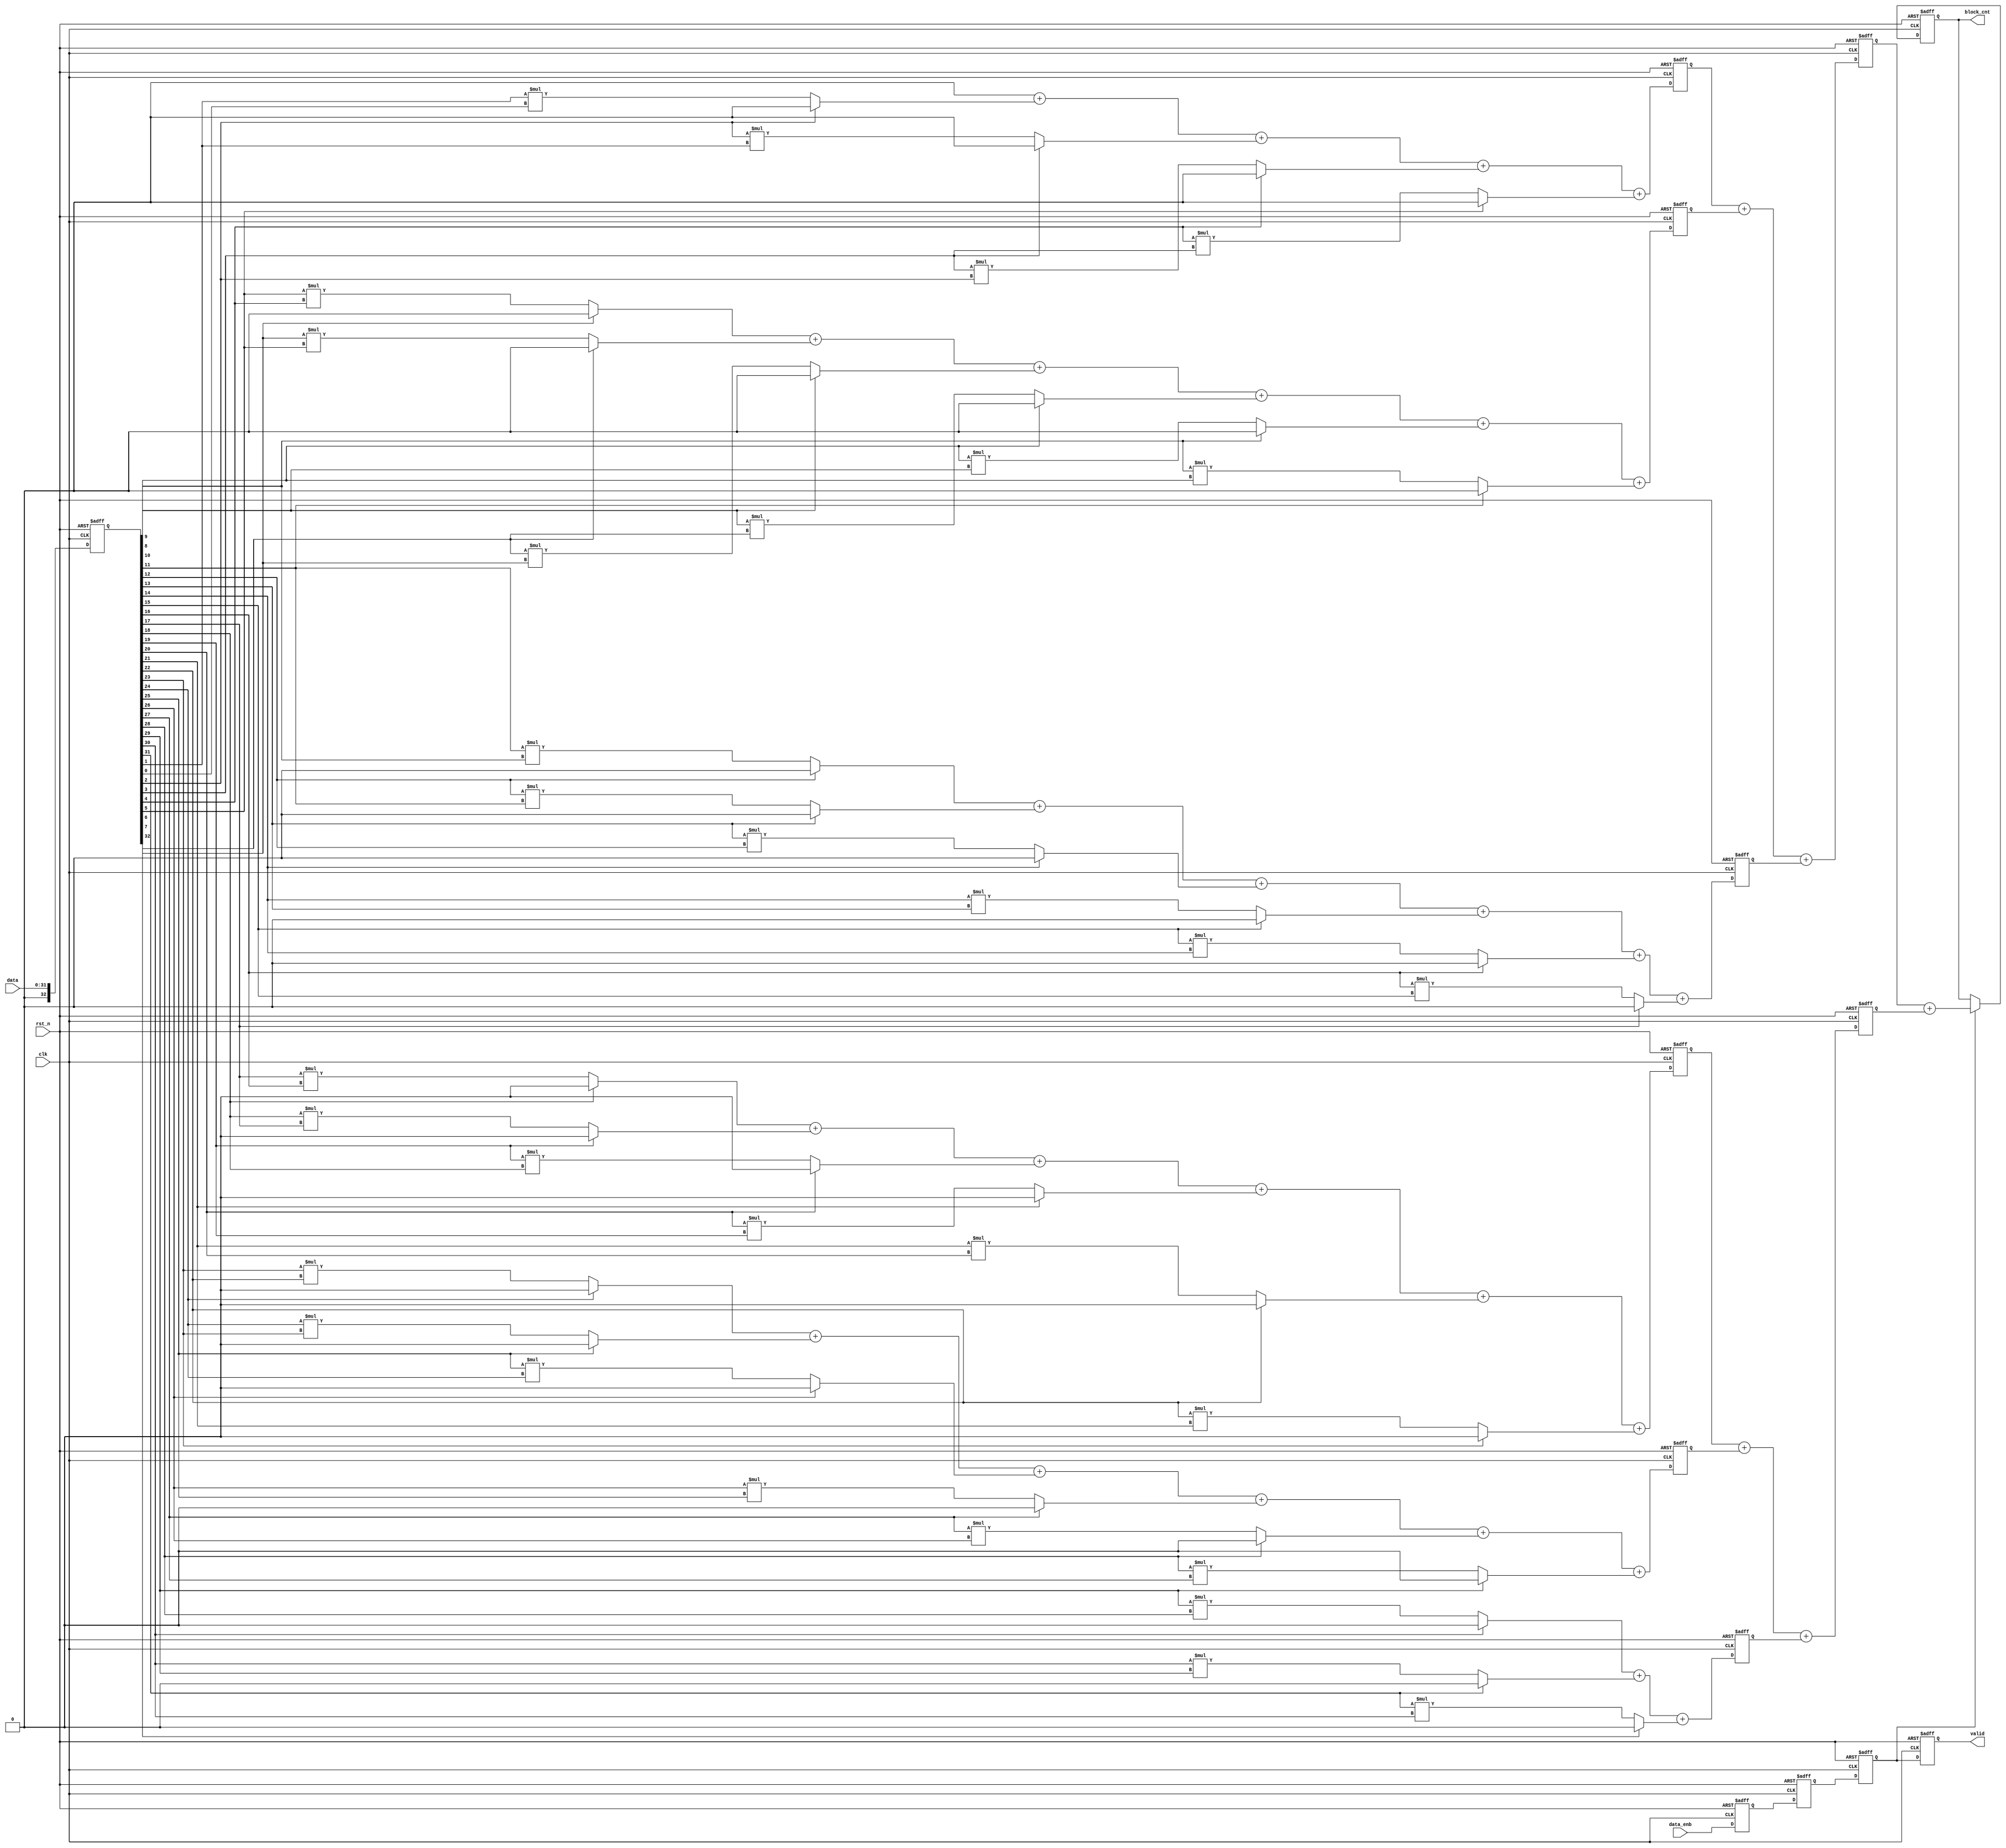
module bit_block_counter (data, data_enb, clk, rst_n, block_cnt, valid);
  //parameter
  parameter FF_DLY = 1;
  parameter LEN_DATA = 32;
  parameter LEN_CNT = 4;
  parameter INTL = 0;
  //port
  input [LEN_DATA-1:0] data;
  input data_enb;
  input clk;
  input rst_n;
  output [LEN_CNT-1:0] block_cnt;
  output valid;
    //port data type
  wire [LEN_DATA-1:0] data;
  wire data_enb;
  wire clk;
  wire rst_n;
  reg [LEN_CNT-1:0] block_cnt;
  reg valid;
    //internal variable
  reg [LEN_DATA:0] data_in;
  reg [LEN_DATA:0] cnt_0;
  
  wire [11:0] cnt;
   
  reg [11:0] block_cnt0;
  wire [6:0] block_cnt1;
  reg [6:0] block_cnt2;
  
  wire [LEN_CNT-1:0] block_cnt_0;
  
  reg valid_0;
  reg valid_1;
  reg valid_2;
  
      //data in flipflop
  always @ (posedge clk or negedge rst_n) begin 
    if (rst_n == 0) begin 
      data_in <= #FF_DLY INTL;
    end 
    else begin 
      data_in <= #FF_DLY data;
    end
  end
  //enable in flipflop
  always @ (posedge clk or negedge rst_n) begin 
    if (rst_n == 0) begin
      valid_0 <= #FF_DLY INTL;
    end
    else begin 
      valid_0 <= #FF_DLY data_enb;
    end
  end
  
  genvar i;
  generate
    for (i=0;i<33;i=i+1) begin : counter0
      always @ (data_in or i) begin
        cnt_0[i] = ((data_in[i] == 0) && (i > 1)) ? (data_in[i-1]*data_in[i-2]) : INTL;
      end
    end
  endgenerate
  assign cnt[1:0] = cnt_0[0] + cnt_0[1] + cnt_0[2] + cnt_0[3] + cnt_0[4] + cnt_0[5];
  assign cnt[3:2] = cnt_0[6] + cnt_0[7] + cnt_0[8] + cnt_0[9] + cnt_0[10] + cnt_0[11];
  assign cnt[5:4] = cnt_0[12] + cnt_0[13] + cnt_0[14] + cnt_0[15] + cnt_0[16] + cnt_0[17];
  assign cnt[7:6] = cnt_0[18] + cnt_0[19] + cnt_0[20] + cnt_0[21] + cnt_0[22] + cnt_0[23];
  assign cnt[9:8] = cnt_0[24] + cnt_0[25] + cnt_0[26] + cnt_0[27] + cnt_0[28] + cnt_0[29];
  assign cnt[11:10] = cnt_0[30] + cnt_0[31] + cnt_0[32];
  //Latency 2
  genvar j;
  generate 
	for (j=0;j<6;j=j+1) begin : latency2
	  always @ (posedge clk or negedge rst_n) begin 
        if (rst_n == 0) begin 
		  block_cnt0[(2*j+1):2*j] <= #FF_DLY INTL;
		end
		else begin
		  block_cnt0[(2*j+1):2*j] <= #FF_DLY cnt[(2*j+1):2*j];
		end
      end
	end
  endgenerate
  always @ (posedge clk or negedge rst_n) begin 
    if (rst_n == 0) begin
      valid_1 <= #FF_DLY INTL;
    end
    else begin 
      valid_1 <= #FF_DLY valid_0;
    end
  end
  assign block_cnt1[2:0] = block_cnt0[1:0] + block_cnt0[3:2] + block_cnt0[5:4];
  assign block_cnt1[5:3] = block_cnt0[7:6] + block_cnt0[9:8] + block_cnt0[11:10];
  //Latency 3
  genvar z;
  generate
	for (z=0;z<2;z=z+1) begin : latency3
	  always @ (posedge clk or negedge rst_n) begin 
		if (rst_n == 0) begin 
		  block_cnt2[(3*z+2):3*z] <= #FF_DLY INTL;
		end
		else begin
		  block_cnt2[(3*z+2):3*z] <= #FF_DLY block_cnt1[(3*z+2):3*z];
		end
	  end
	end
  endgenerate
  
  always @ (posedge clk or negedge rst_n) begin 
    if (rst_n == 0) begin 
	  block_cnt_345 <= #FF_DLY INTL;
	end
	else begin
	  block_cnt_345 <= #FF_DLY block_cnt345;
	end
  end
  
  always @ (posedge clk or negedge rst_n) begin 
    if (rst_n == 0) begin
      valid_2 <= #FF_DLY INTL;
    end
    else begin 
      valid_2 <= #FF_DLY valid_1;
    end
  end
  assign block_cnt_0 = block_cnt2[2:0] + block_cnt2[5:3];
  //Latency 4
  always @ (posedge clk or negedge rst_n) begin 
    if (rst_n == 0) begin 
	  block_cnt <= #FF_DLY INTL;
	end
	else begin
	  if (valid_2 == 1) begin
	    block_cnt <= #FF_DLY block_cnt_0;
	  end
	end
  end
  
  always @ (posedge clk or negedge rst_n) begin 
    if (rst_n == 0) begin
      valid <= #FF_DLY INTL;
    end
    else begin 
      valid <= #FF_DLY valid_2;
    end
  end
endmodule